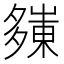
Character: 𭑀